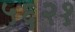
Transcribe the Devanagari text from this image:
५६२१